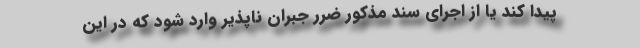
پیدا کند یا از اجرای سند مذکور ضرر جبران ناپذیر وارد شود که در این